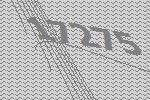
17275